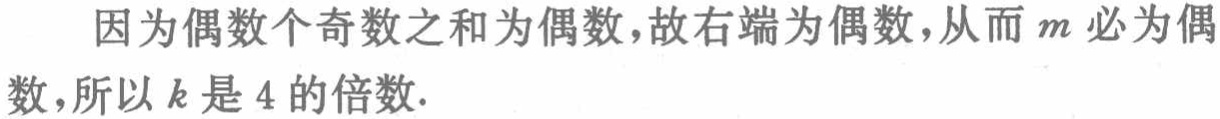
因为偶数个奇数之和为偶数，故右端为偶数，从而\(m\)必为偶数，所以\(k\)是\(4\)的倍数.